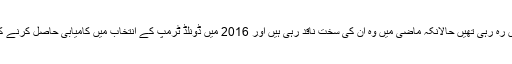
میری ٹرمپ اپنے چچا کے صدر بننے کے بعد سے گمنامی میں رہ رہی تھیں حالانکہ ماضی میں وہ ان کی سخت ناقد رہی ہیں اور 2016 میں ڈونلڈ ٹرمپ کے انتخاب میں کامیابی حاصل کرنے کے بعد انہوں نے اسے اپنی زندگی کا بدترین تجربہ قرار دیا تھا۔